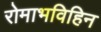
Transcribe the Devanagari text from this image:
रोमाभविहिन